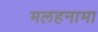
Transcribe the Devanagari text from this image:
मलहनामा